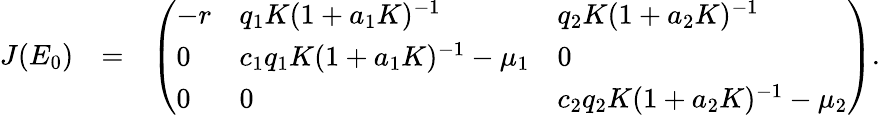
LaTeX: \begin{array}{rlr}{J(E_{0})}&{=}&{\left(\begin{array}{lll}{-r}&{q_{1}K(1+a_{1}K)^{-1}}&{q_{2}K(1+a_{2}K)^{-1}}\\ {0}&{c_{1}q_{1}K(1+a_{1}K)^{-1}-\mu_{1}}&{0}\\ {0}&{0}&{c_{2}q_{2}K(1+a_{2}K)^{-1}-\mu_{2}}\end{array}\right).}\end{array}